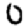
Digit: 0